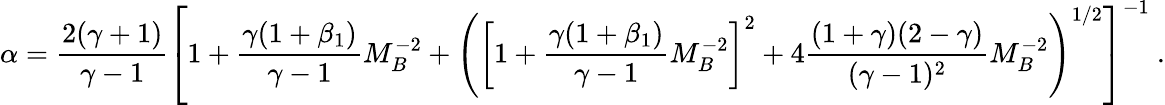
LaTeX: \alpha=\frac{2(\gamma+1)}{\gamma-1}\left[1+\frac{\gamma(1+\beta_{1})}{\gamma-1}M_{B}^{-2}+\left(\left[1+\frac{\gamma(1+\beta_{1})}{\gamma-1}M_{B}^{-2}\right]^{2}+4\frac{(1+\gamma)(2-\gamma)}{(\gamma-1)^{2}}M_{B}^{-2}\right)^{1/2}\right]^{-1}\ .